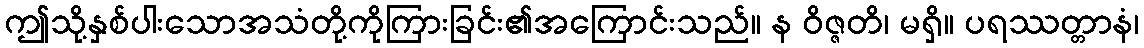
ဤသို့နှစ်ပါးသောအသံတို့ကိုကြားခြင်း၏အကြောင်းသည်။ န ဝိဇ္ဇတိ၊ မရှိ။ ပရဿတ္တာနံ၊